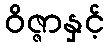
ဝိဇ္ဇာနှင့်